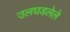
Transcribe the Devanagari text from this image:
उलघडलेले